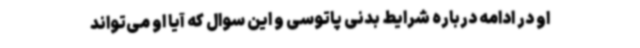
او در ادامه درباره شرایط بدنی پاتوسی و این سوال که آیا او می‌تواند